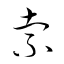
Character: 索